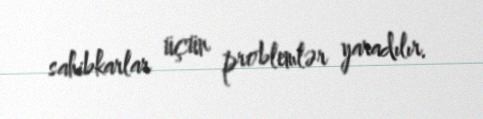
sahibkarlar üçün problemlər yaradılır.